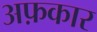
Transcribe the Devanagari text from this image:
अफ़कार